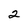
Character: 2